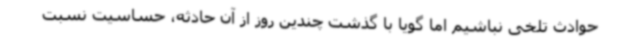
حوادث تلخی نباشیم اما گویا با گذشت چندین روز از آن حادثه، حساسیت نسبت